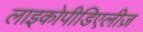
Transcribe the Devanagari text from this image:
लाइकोपीडिएलीज़